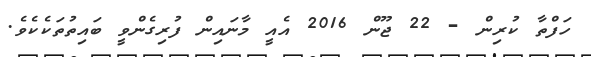
ހަފްތާ ކުރިން - 22 ޖޫން 2016 އެއީ މާނައިން ފުރިގެންވީ ބައިތުތަކެކެވެ.